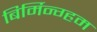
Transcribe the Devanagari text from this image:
बिर्मिन्ग्हम